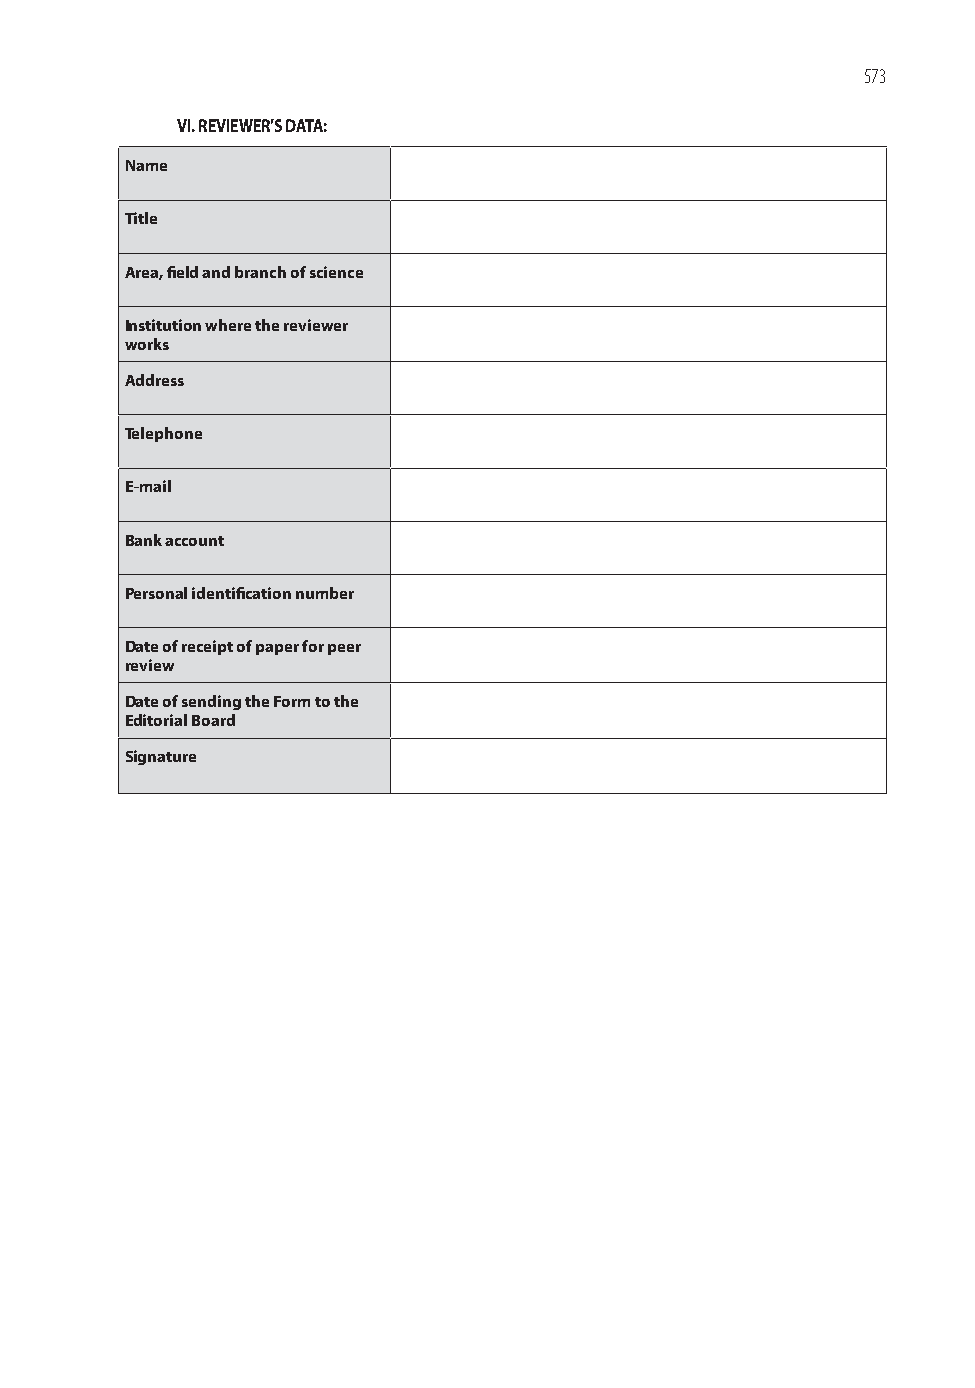
573
 VI. REVIEWER’S DATA:
 Name
 Title
 Area, fi eld and branch of science
 Institution where the reviewer
 works
 Address
 Telephone
 E-mail
 Bank account
 Personal identifi cation number
 Date of receipt of paper for peer
 review
 Date of sending the Form to the
 Editorial Board
 Signature